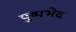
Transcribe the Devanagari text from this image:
पुष्पभेद